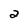
Character: 2